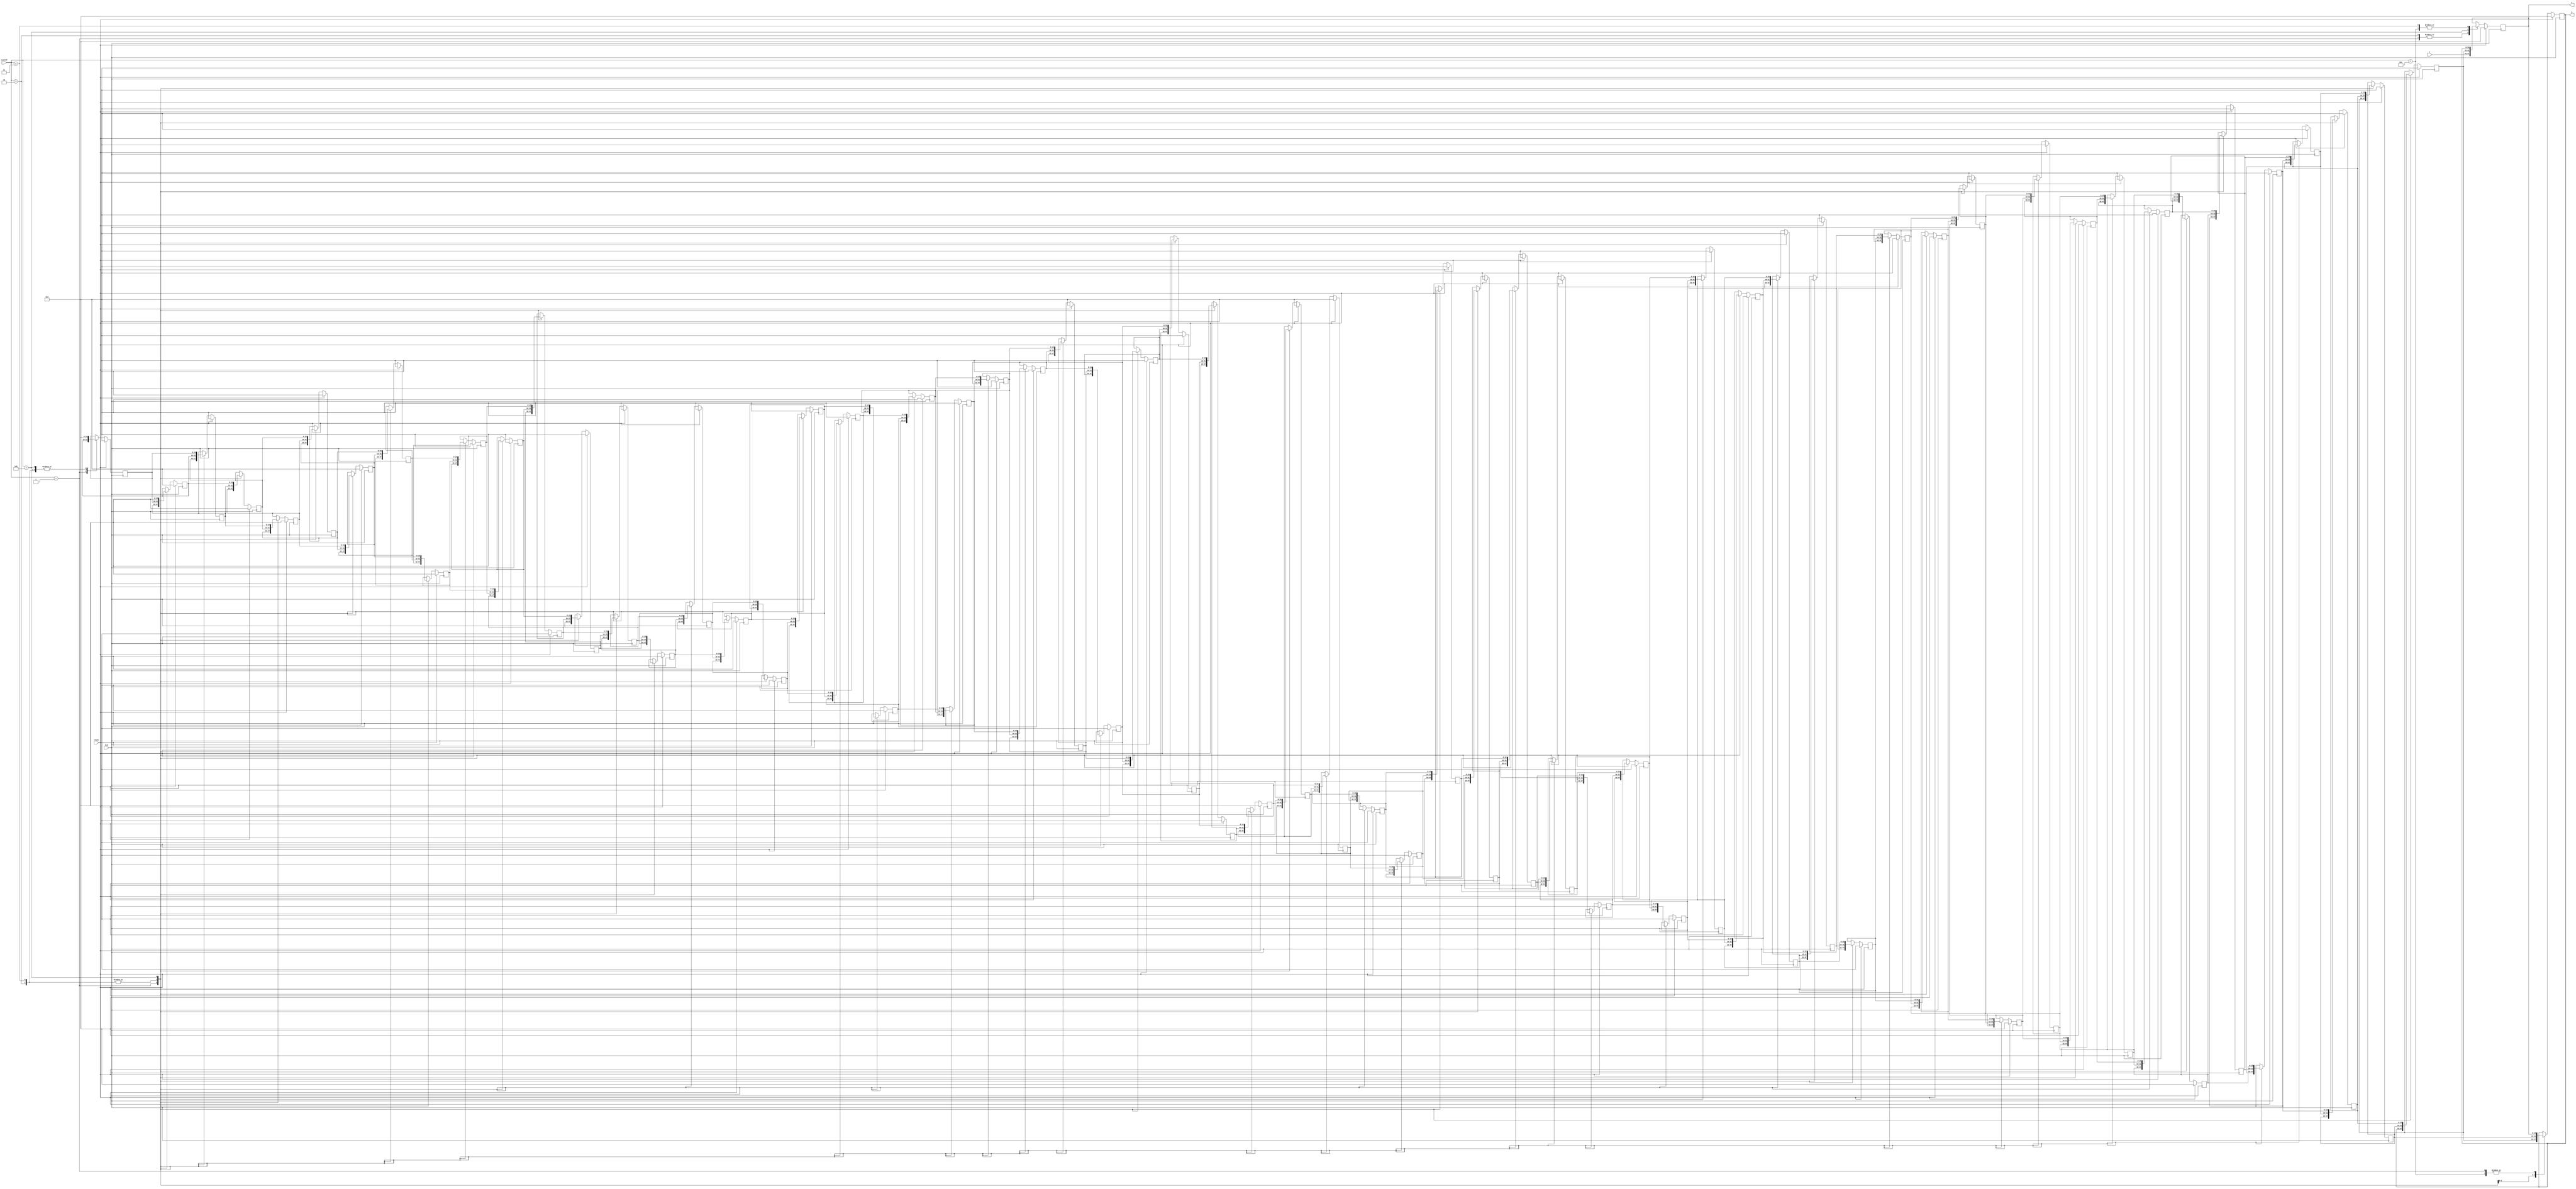
`timescale 1ns / 1ps


// This component takes in write data and a stack operation.
// On the negative edge of the clock the stack does the operation
// which may or may not use w. If reset is ever high on the negative
// edge then every entry on the stack is set to zero. The stack
// outputs two 16 bit values which are the top and second from the
// top of the stack.

module register_stack(a, b, stackOP, w, reset, CLK);
	output [15:0] a;
   output [15:0] b;
	input [2:0] stackOP;
   input [15:0] w;
	input reset;
   input CLK;
	 
	localparam stackSize = 64;
	 
	reg [15:0] stack [stackSize-1:0];
	 
	integer i;

	assign a = stack[0];
	assign b = stack[1];
	
	always @ (negedge CLK) begin
		case(stackOP)
			1: begin // push
				for(i = stackSize - 1; i > 0; i = i - 1)
					stack[i] <= stack[i-1];
				stack[0] <= w;
			end
			
			2: begin // pop and replace
				for(i = 1; i < stackSize - 1; i = i + 1)
					stack[i] <= stack[i+1];
				stack[stackSize - 1] <= 0;
				stack[0] <= w;
			end
			
			3: begin // pop
				for(i = 0; i < stackSize - 1; i = i + 1)
					stack[i] <= stack[i+1];
				stack[stackSize - 1] <= 0;
			end
			
			4: begin // pop 2
				for(i = 0; i < stackSize - 2; i = i + 1)
					stack[i] <= stack[i+2];
				stack[stackSize - 2] <= 0;
				stack[stackSize - 1] <= 0;
			end
			
			5: begin // swap
				stack[0] <= stack[1];
				stack[1] <= stack[0];
			end
			default: begin end
		endcase
		
		if (reset == 1)
			for (i = 0; i < stackSize; i = i + 1)
				stack[i] <= 0;
	end
endmodule